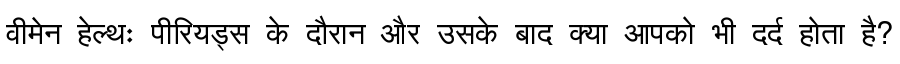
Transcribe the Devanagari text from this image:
वीमेन हेल्थः पीरियड्स के दौरान और उसके बाद क्या आपको भी दर्द होता है?